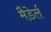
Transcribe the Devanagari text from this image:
मैडेर्ल